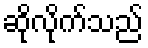
ဆိုလိုက်သည်